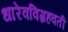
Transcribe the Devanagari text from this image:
धारेवविग्रहवती